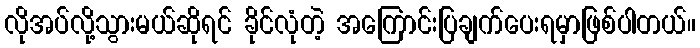
လိုအပ်လို့သွားမယ်ဆိုရင် ခိုင်လုံတဲ့ အကြောင်းပြချက်ပေးရမှာဖြစ်ပါတယ်။